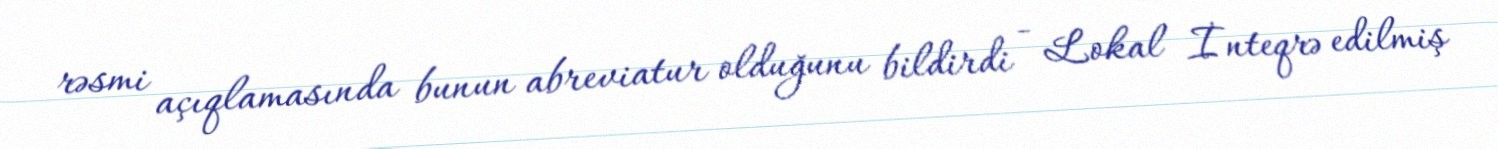
rəsmi açıqlamasında bunun abreviatur olduğunu bildirdi - Lokal İnteqrə edilmiş